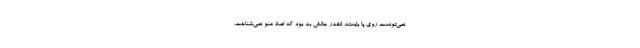
نمي‌تونست روي پا بايسته. انقدر حالش بد بود كه اصلا منو نمي‌شناخت.